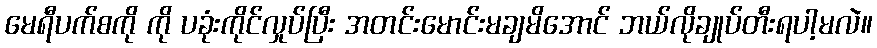
မေရီပက်စကို ကို ပခုံးကိုင်လှုပ်ပြီး အတင်းမောင်းမချမိအောင် ဘယ်လိုချုပ်တီးရပါ့မလဲ။